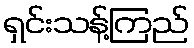
ရှင်းသန့်ကြည်